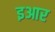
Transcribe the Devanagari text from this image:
इआर